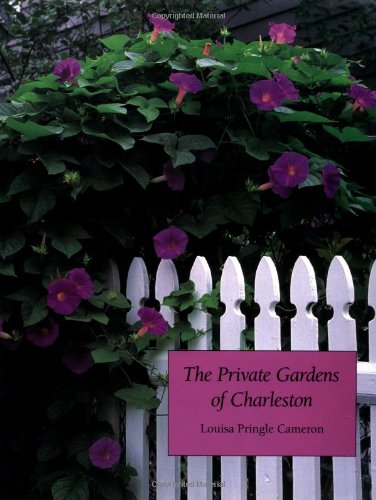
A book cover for The Private Gardens of Charleston; Louisa Pringle Cameron; Travel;